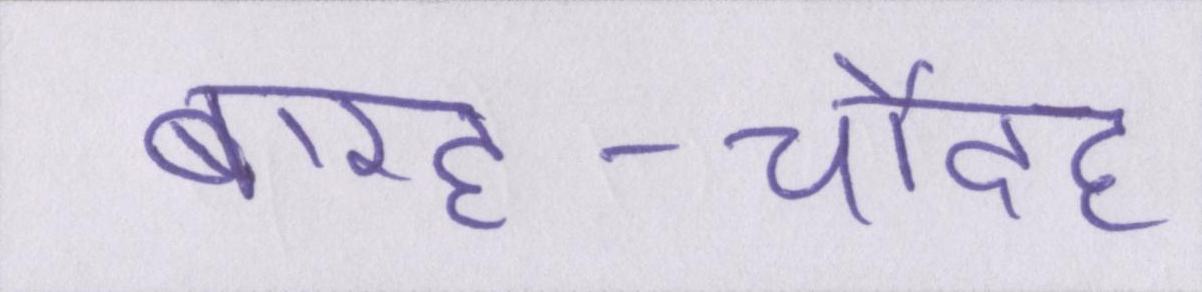
बारह-चौदह